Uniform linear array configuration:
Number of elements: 16
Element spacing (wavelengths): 0.25
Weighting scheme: exponential
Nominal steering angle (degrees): -60
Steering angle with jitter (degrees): -58.048
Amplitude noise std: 0.05
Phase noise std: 0.05

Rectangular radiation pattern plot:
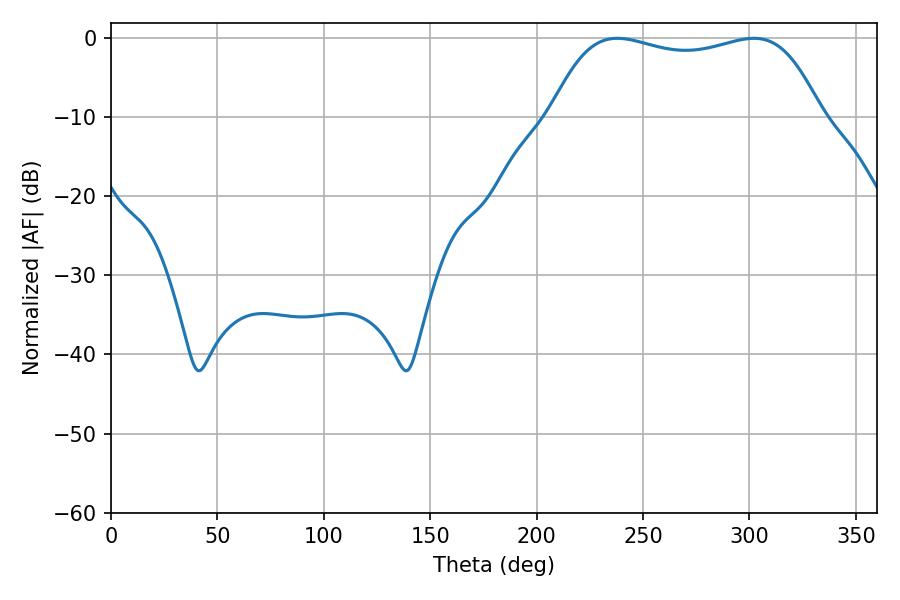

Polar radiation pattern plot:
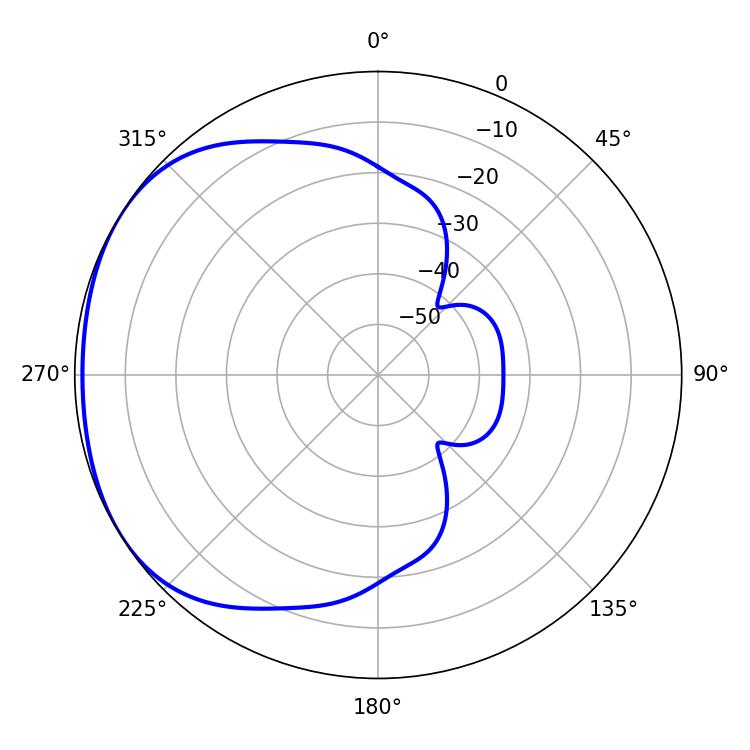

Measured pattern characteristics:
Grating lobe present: FALSE
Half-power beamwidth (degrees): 101.88
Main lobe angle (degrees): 237.96